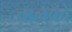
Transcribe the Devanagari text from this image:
बालकोँ